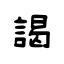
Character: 謁